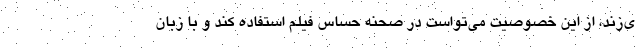
ی‌زند، از این خصوصیت می‌تواست در صحنه حساس فیلم استفاده کند و با زبان